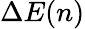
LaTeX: \Delta E(n)